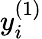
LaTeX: y_{i}^{(1)}